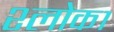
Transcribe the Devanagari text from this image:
श्लोक१